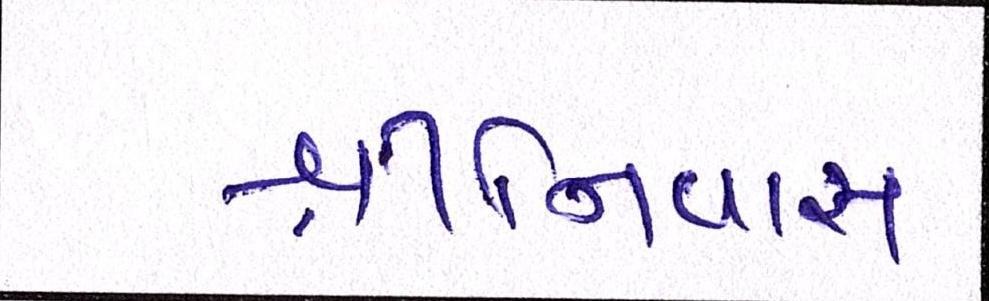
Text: શ્રીનિવાસ